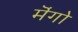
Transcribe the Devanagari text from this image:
मॆंगो